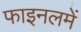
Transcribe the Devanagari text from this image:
फाइनलमें